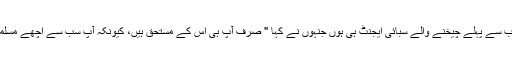
شاید سب سے پہلے چیخنے والے سبائی ایجنٹ ہی ہوں جنہوں نے کہا " صرف آپ ہی اس کے مستحق ہیں، کیونکہ آپ سب سے اچھے مسلمان ہیں۔